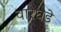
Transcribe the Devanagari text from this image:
वारघडे